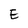
Character: E